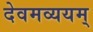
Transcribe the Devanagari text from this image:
देवमव्ययम्